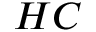
H C